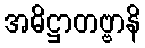
အဓိဋ္ဌာတဗ္ဗာနိ